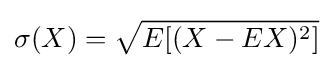
\sigma (X)={\sqrt {E[(X-EX)^{2}]}}